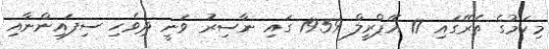
މިކަމުގެ ތެރޭގައި 17 އޭޕްރީލް 1959 ގައި ނާސިރު ވަނީ ދިވެހި ސިފައިންނާއި